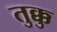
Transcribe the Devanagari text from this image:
तुक्कु